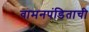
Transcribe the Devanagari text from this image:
वामनपंडिताची